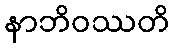
နာဘိဝဿတိ